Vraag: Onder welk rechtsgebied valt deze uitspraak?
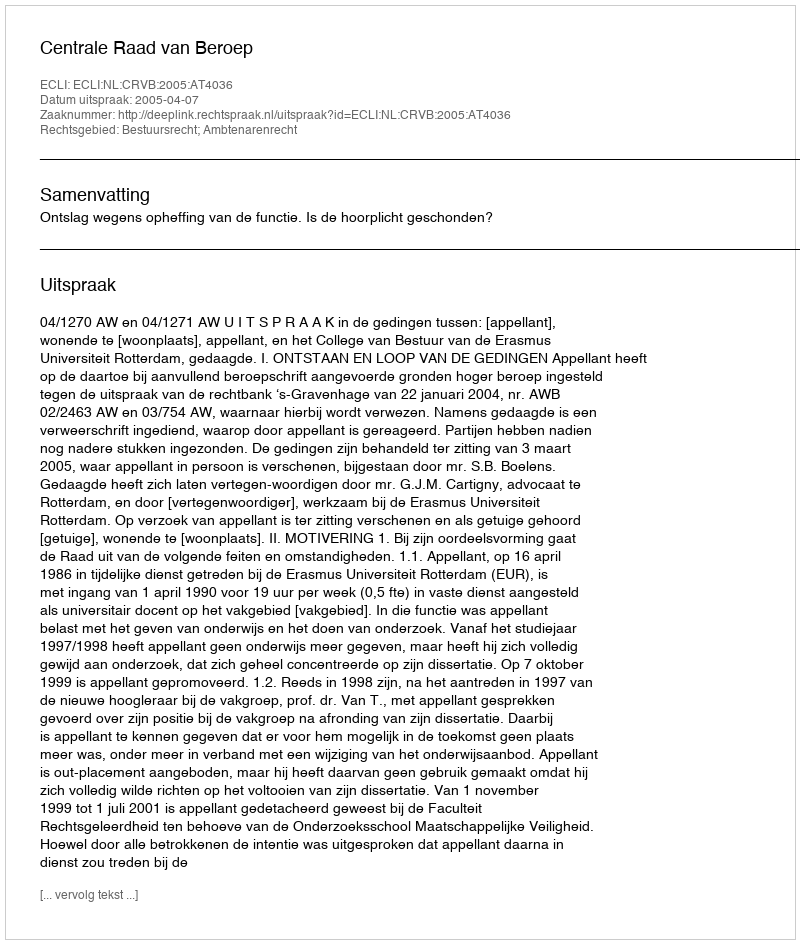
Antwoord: Bestuursrecht; Ambtenarenrecht